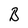
Character: B